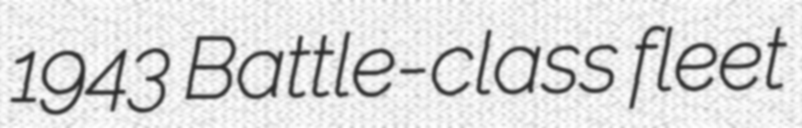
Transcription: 1943 Battle-class fleet